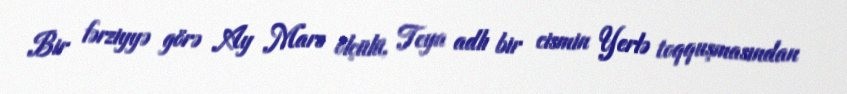
Bir fərziyyə görə Ay Mars ölçülü, Teya adlı bir cismin Yerlə toqquşmasından